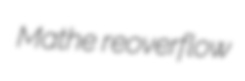
Mathe reoverflow